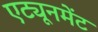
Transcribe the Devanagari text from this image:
एट्यूनमेंट